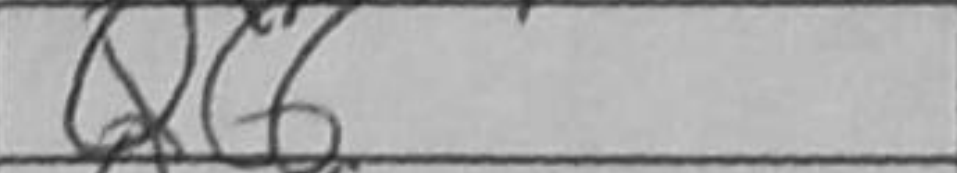
Transcription: Qc6